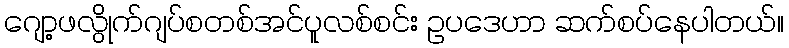
ဂျော့ဖလွိုက်ဂျပ်စတစ်အင်ပူလစ်စင်း ဥပဒေဟာ ဆက်စပ်နေပါတယ်။